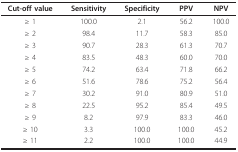
<table><thead><tr><td><b>Cut-off value</b></td><td><b>Sensitivity</b></td><td><b>Specificity</b></td><td><b>PPV</b></td><td><b>NPV</b></td></tr></thead><tbody><tr><td>≥ 1</td><td>100.0</td><td>2.1</td><td>56.2</td><td>100.0</td></tr><tr><td>≥ 2</td><td>98.4</td><td>11.7</td><td>58.3</td><td>85.0</td></tr><tr><td>≥ 3</td><td>90.7</td><td>28.3</td><td>61.3</td><td>70.7</td></tr><tr><td>≥ 4</td><td>83.5</td><td>48.3</td><td>60.0</td><td>70.0</td></tr><tr><td>≥ 5</td><td>74.2</td><td>63.4</td><td>71.8</td><td>66.2</td></tr><tr><td>≥ 6</td><td>51.6</td><td>78.6</td><td>75.2</td><td>56.4</td></tr><tr><td>≥ 7</td><td>30.2</td><td>91.0</td><td>80.9</td><td>51.0</td></tr><tr><td>≥ 8</td><td>22.5</td><td>95.2</td><td>85.4</td><td>49.5</td></tr><tr><td>≥ 9</td><td>8.2</td><td>97.9</td><td>83.3</td><td>46.0</td></tr><tr><td>≥ 10</td><td>3.3</td><td>100.0</td><td>100.0</td><td>45.2</td></tr><tr><td>≥ 11</td><td>2.2</td><td>100.0</td><td>100.0</td><td>44.9</td></tr></tbody></table>